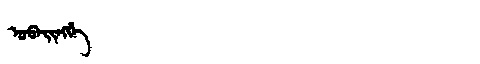
Manchu: ᡠᠪᠠᡳᠩᡤᡝ
Romanization: UBAINGGE